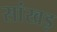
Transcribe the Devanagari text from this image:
सांखड़